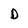
Character: D